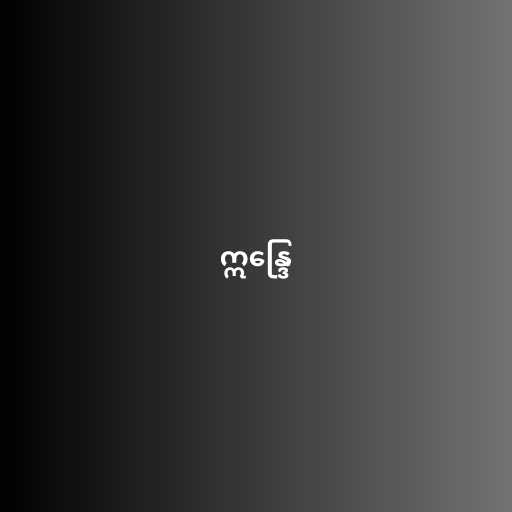
ဣန္ဒြေ